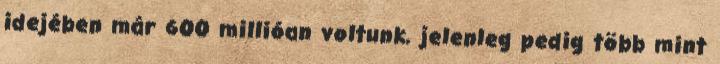
idejében már 600 millióan voltunk, jelenleg pedig több mint